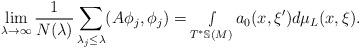
LaTeX: \begin{align*} \lim_{\lambda\rightarrow\infty} \frac{1}{N(\lambda)}\sum_{\lambda_{j}\leq \lambda}(A\phi_j,\phi_j)= \smallint_{T^*\mathbb{S}(M)}a_{0}(x,\xi')d\mu_L(x,\xi).\end{align*}